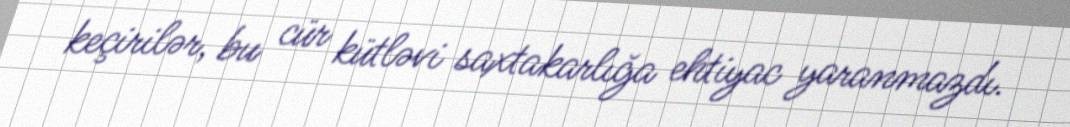
keçirilər, bu cür kütləvi saxtakarlığa ehtiyac yaranmazdı.